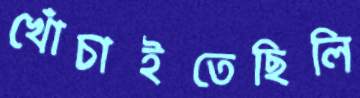
খোঁচাইতেছিলি